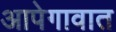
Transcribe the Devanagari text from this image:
आपेगावात